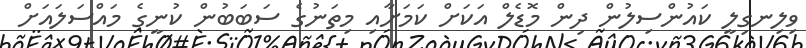
ވިލިނގިލީ ކައުންސިލުން ދިން މޮޑެލް އަކަށް ކަމަށާއި މިތަނުގެ ސަބަބުން ކުނީގެ މައްސަލައަށް